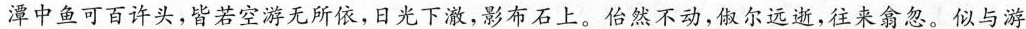
潭中鱼可百许头，皆若空游无所依，日光下澈，影布石上。怡然不动，傲尔远逝，往来翕忽。似与游